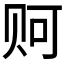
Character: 𲂿